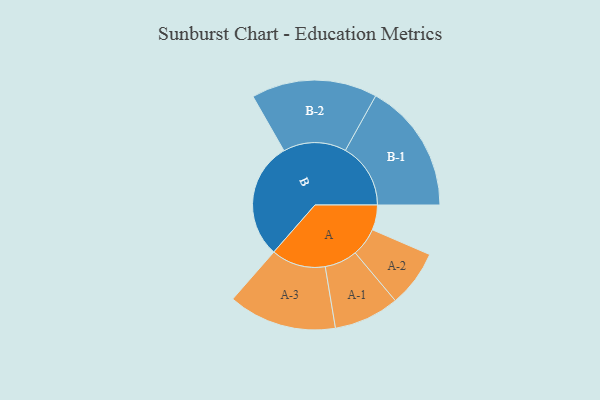
{"axis": {"x": "Segment", "y": "Value"}, "legend": ["", "A", "B"], "data": [{"x": "A", "y": 100, "type": ""}, {"x": "B", "y": 467, "type": ""}, {"x": "A-1", "y": 131, "type": "A"}, {"x": "A-2", "y": 114, "type": "A"}, {"x": "A-3", "y": 217, "type": "A"}, {"x": "B-1", "y": 261, "type": "B"}, {"x": "B-2", "y": 252, "type": "B"}]}